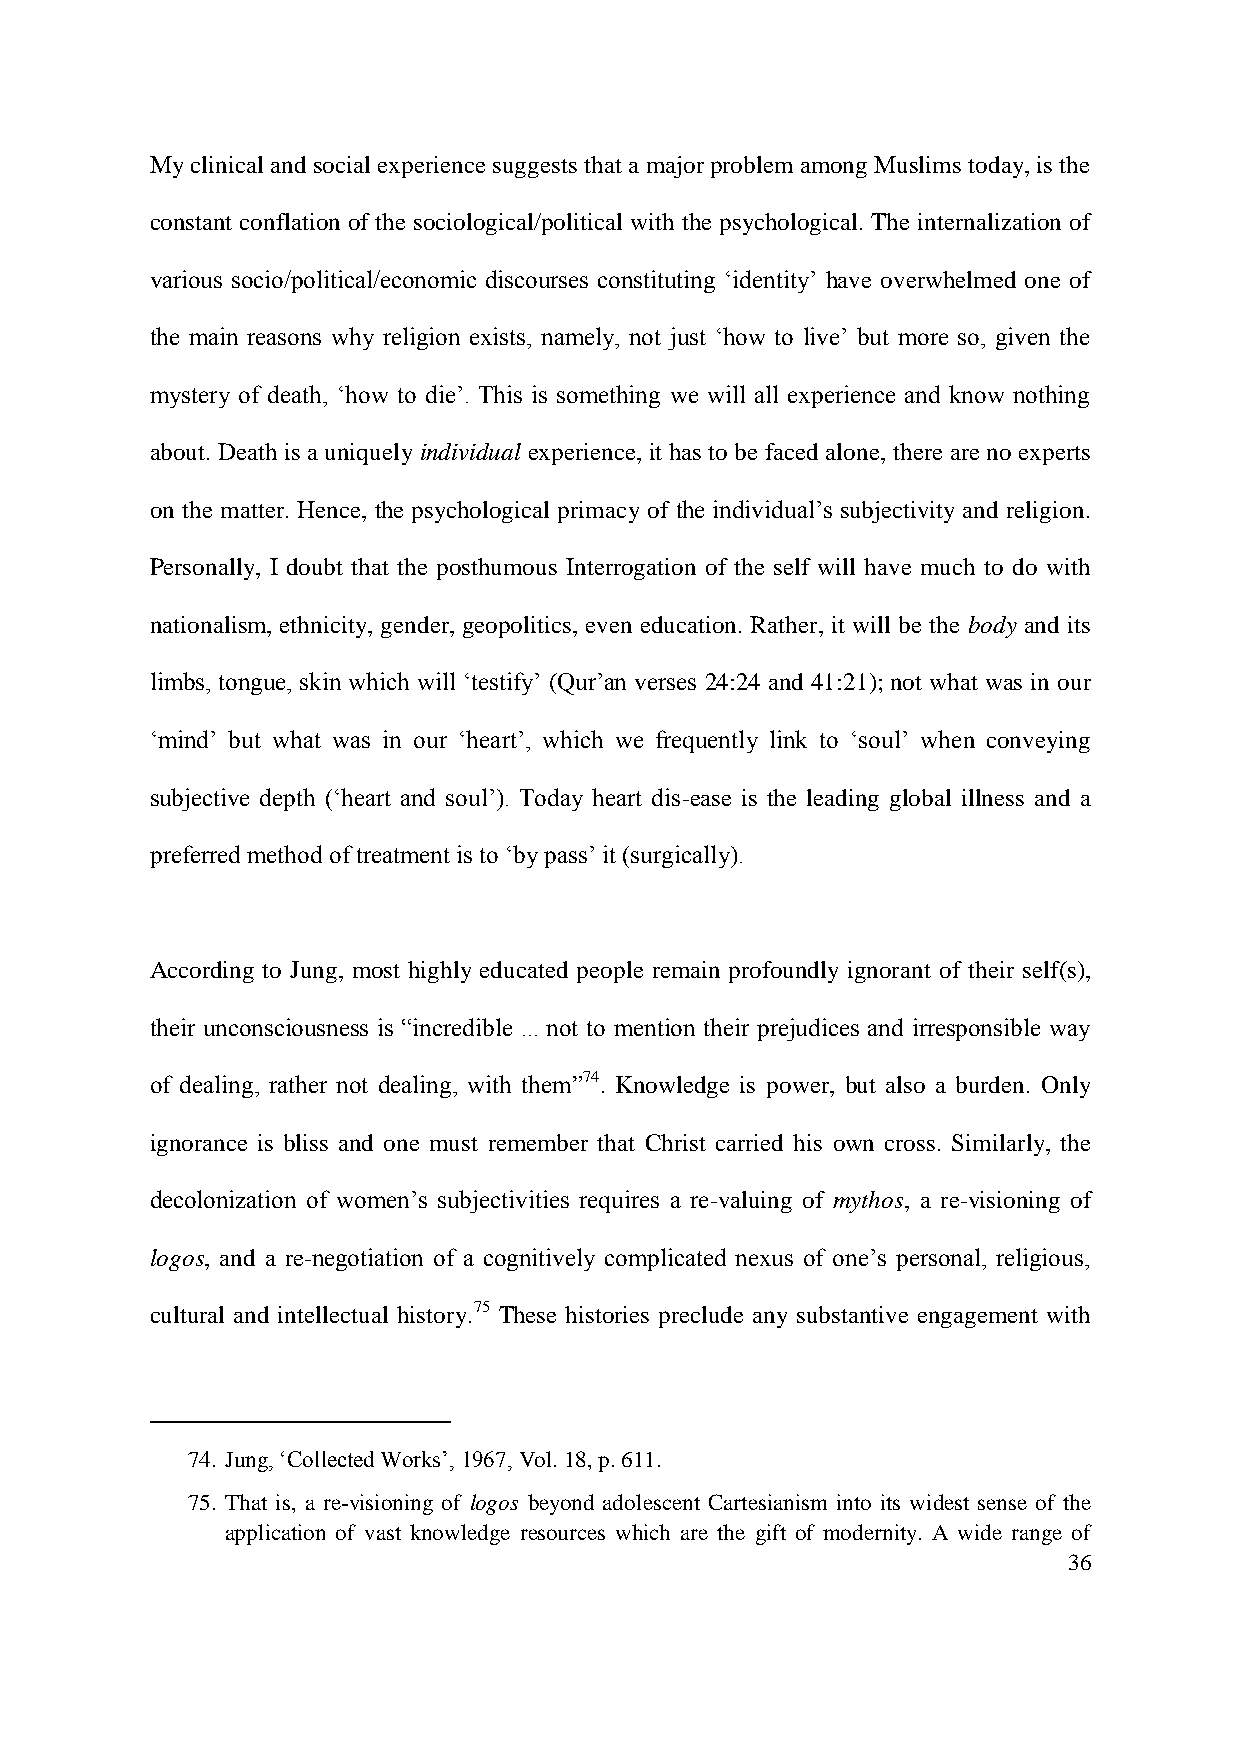
My clinical and social experience suggests that a major problem among Muslims today, is the
 constant conflation of the sociological/political with the psychological. The internalization of
 various socio/political/economic discourses constituting „identity‟ have overwhelmed one of
 the main reasons why religion exists, namely, not just „how to live‟ but more so, given the
 mystery of death, „how to die‟. This is something we will all experience and know nothing
 about. Death is a uniquely individual experience, it has to be faced alone, there are no experts
 on the matter. Hence, the psychological primacy of the individual‟s subjectivity and religion.
 Personally, I doubt that the posthumous Interrogation of the self will have much to do with
 nationalism, ethnicity, gender, geopolitics, even education. Rather, it will be the body and its
 limbs, tongue, skin which will „testify‟ (Qur‟an verses 24:24 and 41:21); not what was in our
 „mind‟ but what was in our „heart‟, which we frequently link to „soul‟ when conveying
 subjective depth („heart and soul‟). Today heart dis-ease is the leading global illness and a
 preferred method of treatment is to „by pass‟ it (surgically).
 According to Jung, most highly educated people remain profoundly ignorant of their self(s),
 their unconsciousness is “incredible ... not to mention their prejudices and irresponsible way
 of dealing, rather not dealing, with them”74. Knowledge is power, but also a burden. Only
 ignorance is bliss and one must remember that Christ carried his own cross. Similarly, the
 decolonization of women‟s subjectivities requires a re-valuing of mythos, a re-visioning of
 logos, and a re-negotiation of a cognitively complicated nexus of one‟s personal, religious,
 cultural and intellectual history.75 These histories preclude any substantive engagement with
 74. Jung, „Collected Works‟, 1967, Vol. 18, p. 611.
 75. That is, a re-visioning of logos beyond adolescent Cartesianism into its widest sense of the
 application of vast knowledge resources which are the gift of modernity. A wide range of
 36